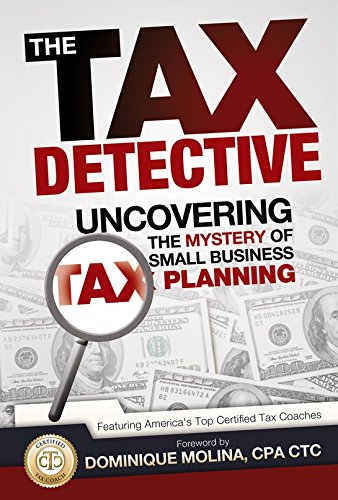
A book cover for The Tax Detective Uncovering the Mystery of Small Business Tax Planning; America's Top Tax Planners; Business & Money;